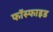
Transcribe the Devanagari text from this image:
फॉस्फाइड